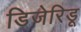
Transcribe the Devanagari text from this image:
डिजेरिडू